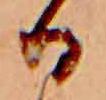
る